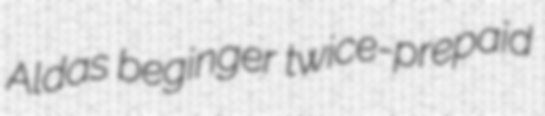
Aldas beginger twice-prepaid